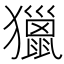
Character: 獵